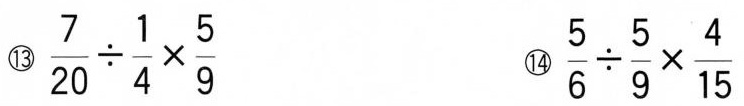
⑬$$\frac{7}{20}\div \frac{1}{4}\times \frac{5}{9}$$ ⑭$$\frac{5}{6}\div \frac{5}{9}\times \frac{4}{15}$$